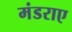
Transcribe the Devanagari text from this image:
मंडराए